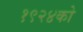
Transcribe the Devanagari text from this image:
१९२४को